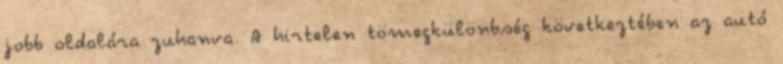
jobb oldalára zuhanva. A hirtelen tömegkülönbség következtében az autó